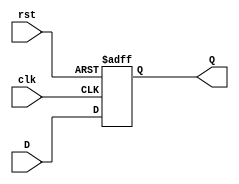
`timescale 1ns / 1ps

module Dreg #(parameter WIDTH = 32) (
	input clk, rst,
	input [WIDTH-1:0] D,
	output reg [WIDTH-1:0] Q);

always @ (posedge clk, posedge rst) begin
	if (rst) Q <= 0;
	else Q <= D;
end

endmodule